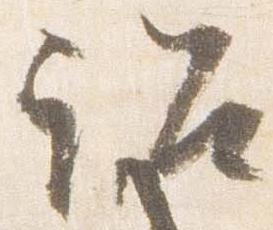
詔